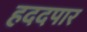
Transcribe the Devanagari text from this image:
हददपार